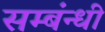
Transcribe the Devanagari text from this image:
सम्बंन्धी